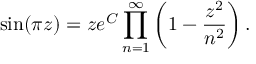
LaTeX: \sin ( \pi z ) = z e ^ { C } \displaystyle \prod _ { n = 1 } ^ { \infty } \left( 1 - { \frac { z ^ { 2 } } { n ^ { 2 } } } \right) .